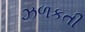
ઝળકતી